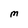
Character: M